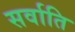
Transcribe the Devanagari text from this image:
सर्वाति